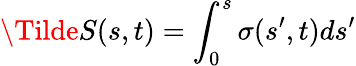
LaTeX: \Tilde{S}(s,t)=\int_{0}^{s}\sigma(s^{\prime},t)ds^{\prime}